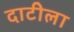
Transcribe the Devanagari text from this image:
दाटीला